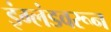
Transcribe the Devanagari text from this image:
इंग्लंडवरून